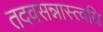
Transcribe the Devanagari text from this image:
तदवसन्नास्त्वयि